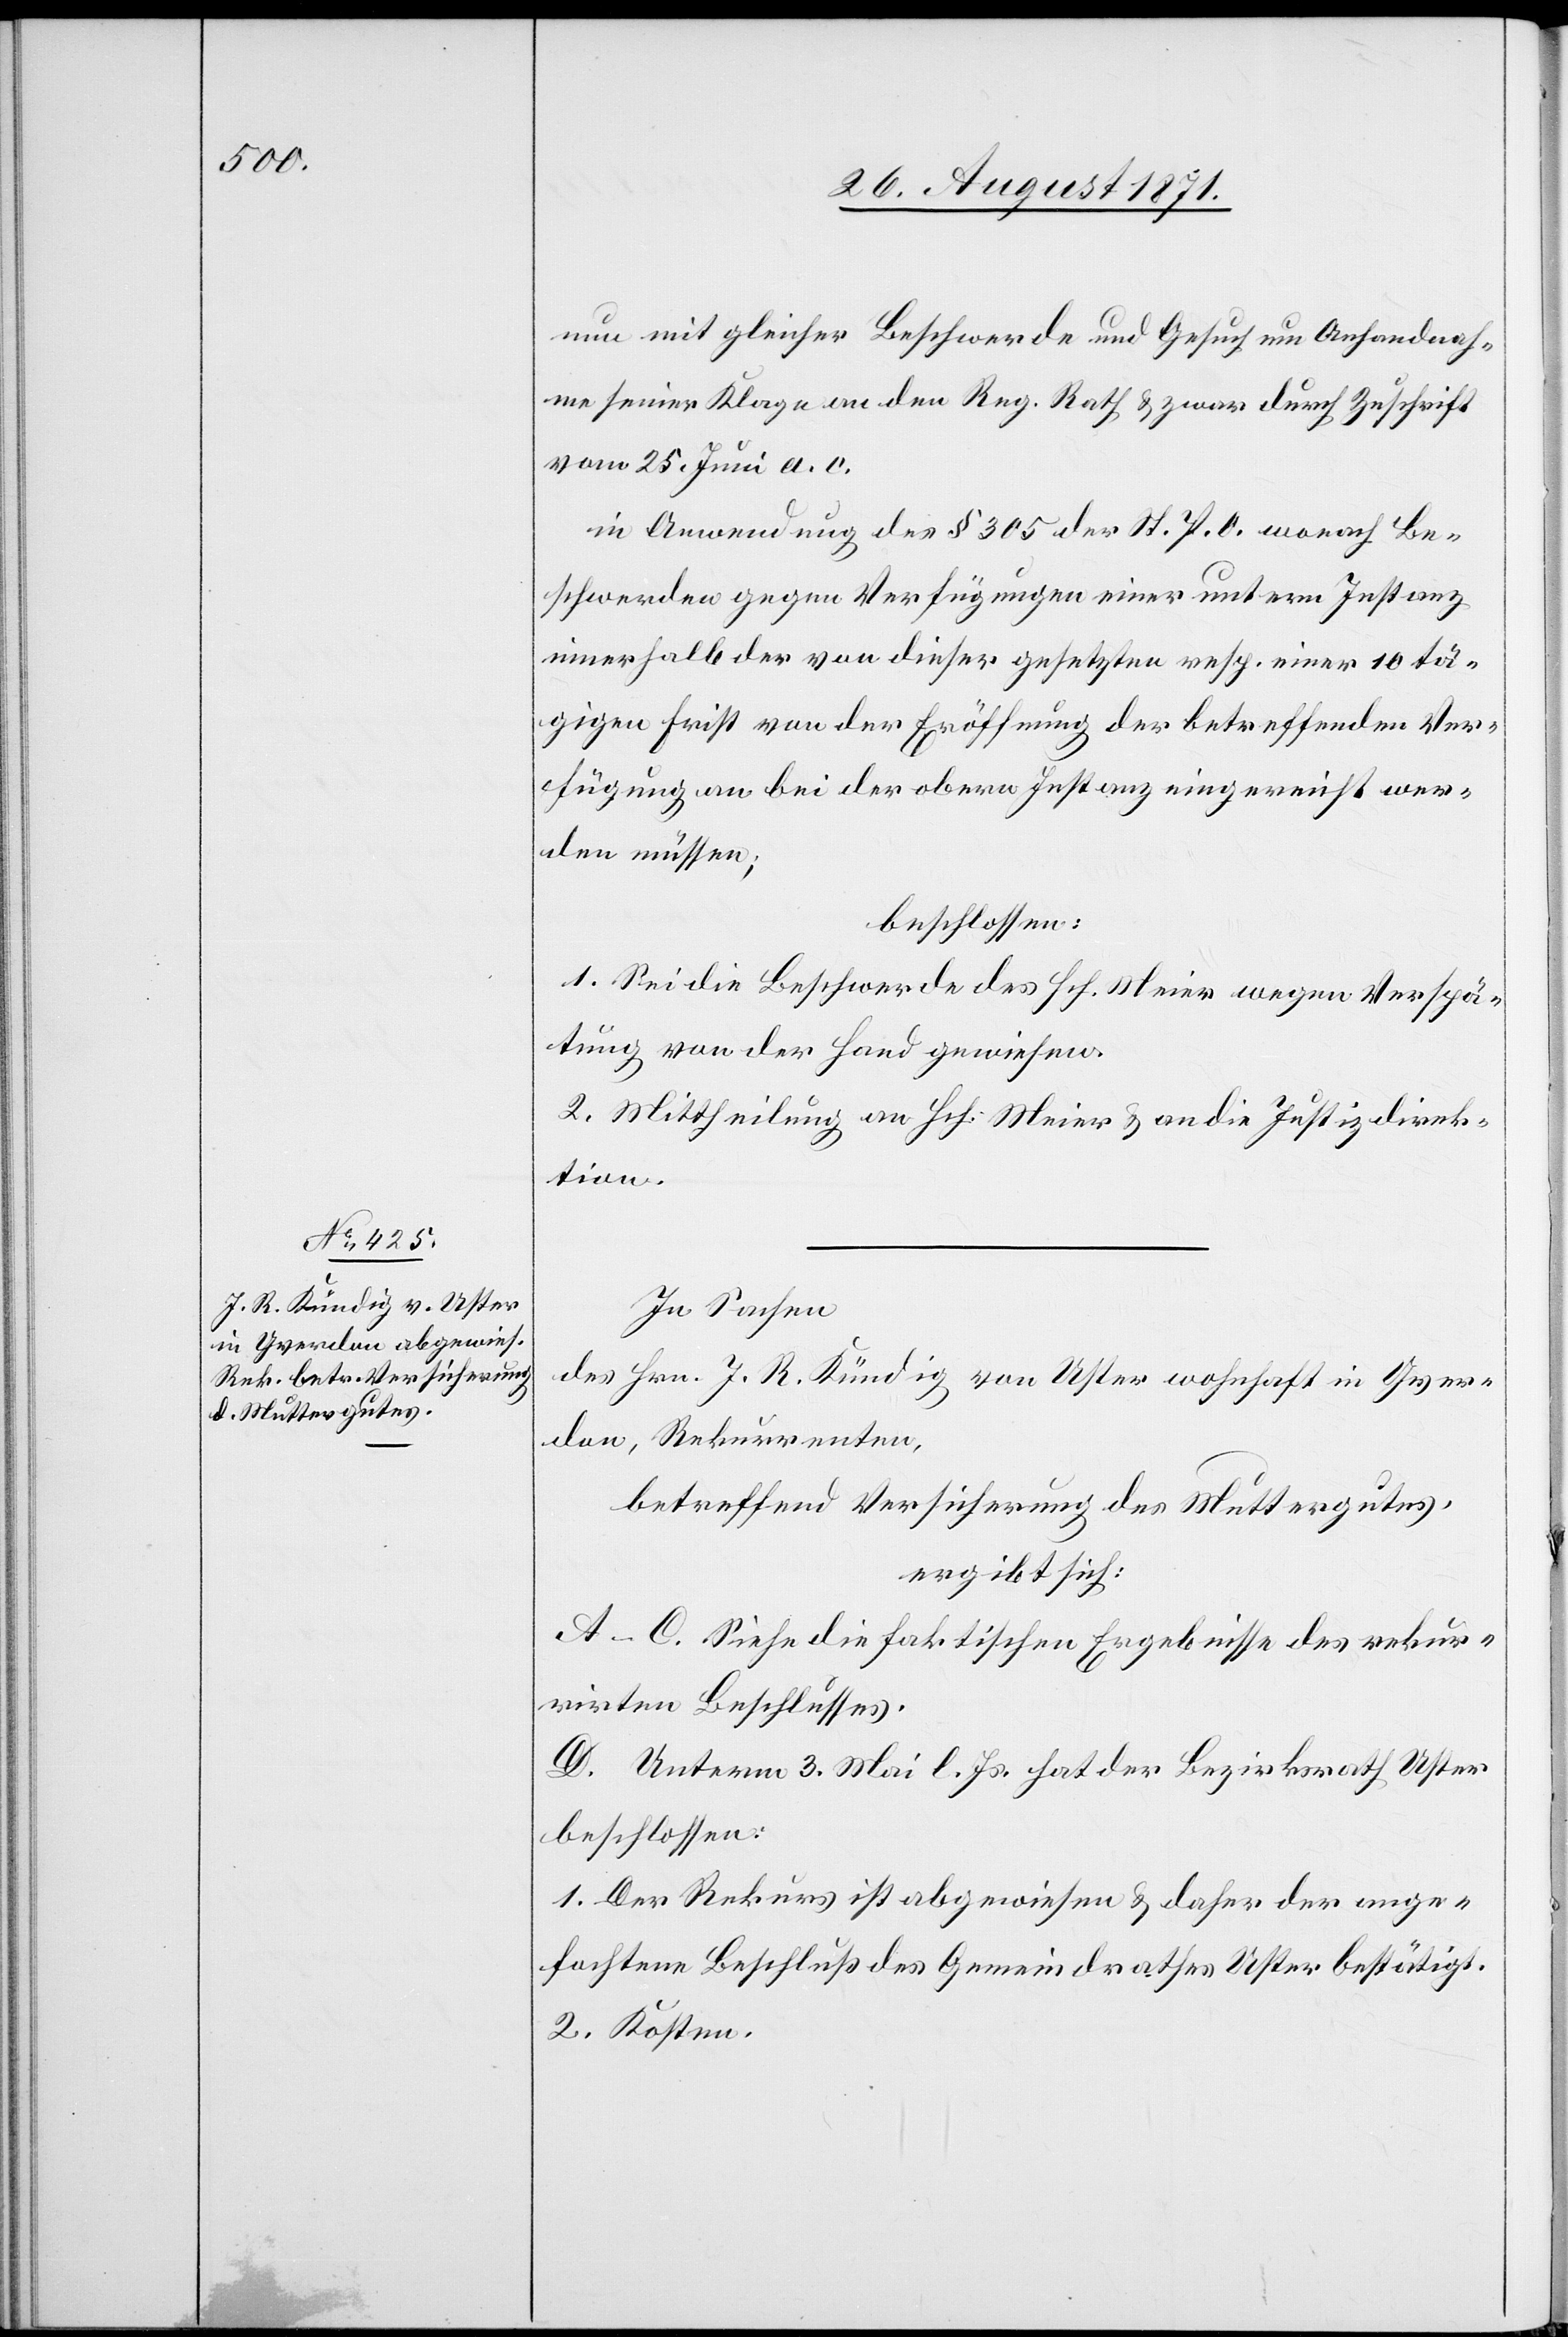
nun mit gleicher Beschwerde und Gesuch um Anhandnah¬
me seiner Klage an den Reg. Rath & zwar durch Zuschrift
vom 25. Juni a. c.
In Anwendung des § 305 der ST. P. O. wonach Be¬
schwerden gegen Verfügungen einer unteren Instanz
innerhalb der von dieser gesetzten resp. einer 10 tä¬
gigen Frist von der Eröffnung der betreffenden Ver¬
fügung an bei der obern Instanz eingereicht wer¬
den müssen;
beschlossen:
1. Sei die Beschwerde des Hch. Meier wegen Verspä¬
tung von der Hand gewiesen.
2. Mittheilung an Hch. Meier & an die Justizdirek¬
tion.
In Sachen
des Hrn. J. R. Kündig von Uster wohnhaft in Yver¬
don, Rekurrenten,
betreffend Versicherung des Muttergutes,
ergibt sich:
A–C. Siehe die faktischen Ergebnisse des rekur¬
rirten Beschlusses.
D. Unterm 3. Mai l. Js. hat der Bezirksrath Uster
beschlossen:
1. Der Rekurs ist abgewiesen & daher der ange¬
fochtene Beschluss des Gemeinderathes Uster bestätigt.
2. Kosten.